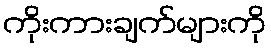
ကိုးကားချက်များကို